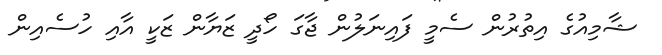
ޝާމިއުގެ އިތުރުން ސެމީ ފައިނަލުން ޖާގަ ހޯދީ ޒަޔާން ޒަކީ އާއި ހުސެއިން